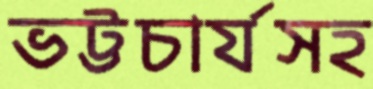
ভট্টচার্যসহ